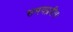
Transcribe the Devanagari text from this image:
समयप्रदीपः